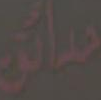
حدائى